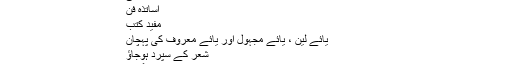
اس لڑی میں پروئے گئے تمام موتیوں کی فہرست:
مثنوی کے اوزان
مثنوی کا منظوم تعارف
قوافی
اساتذۂ فن
مفید کتب
یائے لین ، یائے مجہول اور یائے معروف کی پہچان
شعر کے سپرد ہوجاؤ
شترگربہ
وتد مجموع و مفروق کی مثالیں
"معمولِ ترکیبی" یا "معمولِ تحلیلی" ، قافیے کا ایک معمول بہ عیب
بحر خفیف ۔